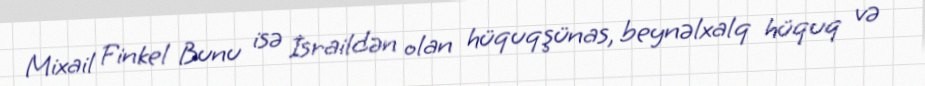
Mixail Finkel Bunu isə İsraildən olan hüquqşünas, beynəlxalq hüquq və